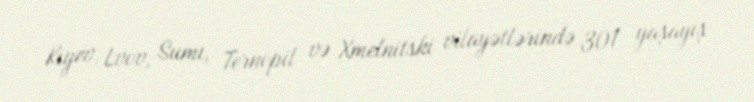
Kiyev, Lvov, Sumı, Ternopil və Xmelnitski vilayətlərində 301 yaşayış